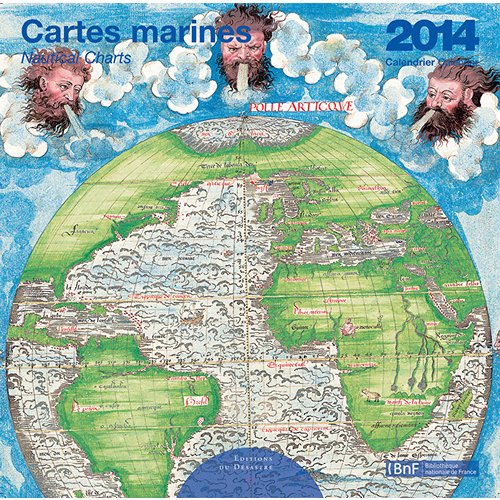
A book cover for [2014 Calendar] Marine Maps 2014 Wall Calendar Standard Wall Calendar; Calendars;